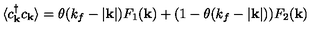
\langle c _ { { \bf { k } } } ^ { \dagger } c _ { { \bf { k } } } \rangle = \theta ( k _ { f } - | { \bf { k } } | ) F _ { 1 } ( { \bf { k } } ) + ( 1 - \theta ( k _ { f } - | { \bf { k } } | ) ) F _ { 2 } ( { \bf { k } } )